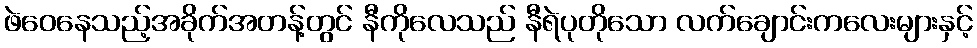
ဖဲဝေနေသည့်အခိုက်အတန့်တွင် နီကိုလေသည် နီရဲပုတိုသော လက်ချောင်းကလေးများနှင့်